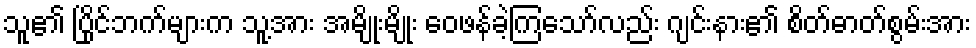
သူ၏ ပြိုင်ဘက်များက သူ့အား အမျိုးမျိုး ဝေဖန်ခဲ့ကြသော်လည်း ဂျင်းနား၏ စိတ်ဓာတ်စွမ်းအား